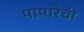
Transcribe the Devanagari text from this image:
पापारेची